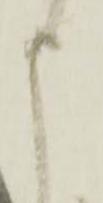
申